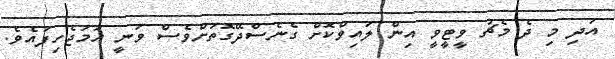
އަދި މި ދެ މެޗު ވީޓީވީ އިން ލައިވްކޮށް ގެނެސްދޭގޮތަށްވެސް ވަނީ ހަމަޖެހިފައެވެ.